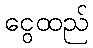
ငွေထည်